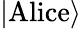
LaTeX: \left|\textrm{Alice}\right\rangle